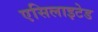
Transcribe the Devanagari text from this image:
एसिलाइटेड